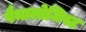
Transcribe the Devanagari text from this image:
पैथालोजिस्ट